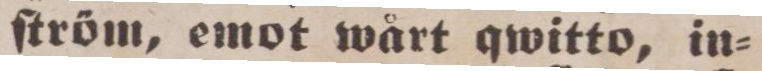
ſtröm, emot wårt qwitto, in=